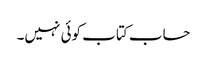
حساب کتاب کوئی نہیں۔